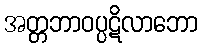
အတ္တဘာဝပ္ပဋိလာဘော